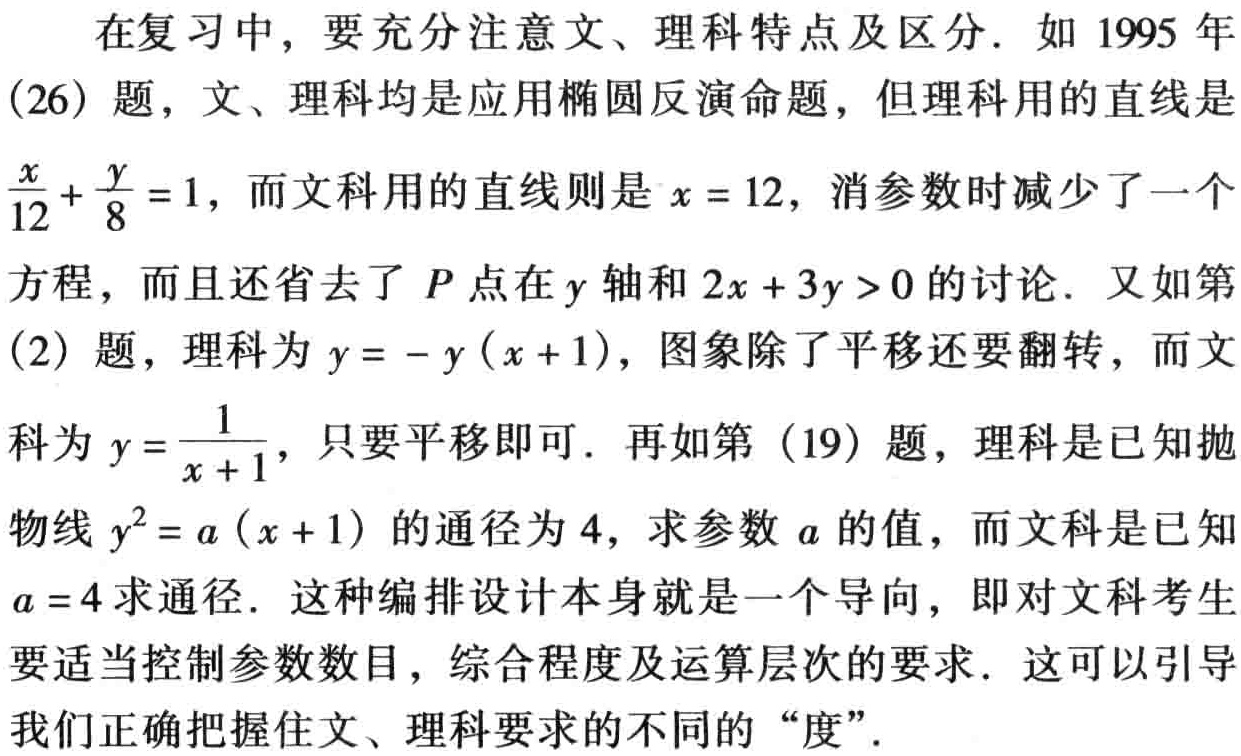
在复习中，要充分注意文、理科特点及区分. 如 1995 年

(26) 题，文、理科均是应用椭圆反演命题，但理科用的直线是

$\frac{x}{12}+\frac{y}{8}=1$，而文科用的直线则是 \(x = 12\)，消参数时减少了一个

方程，而且还省去了 \(P\) 点在 \(y\) 轴和 \(2x + 3y>0\) 的讨论. 又如第

(2) 题，理科为 \(y = - y(x + 1)\)，图象除了平移还要翻转，而文

科为 \(y=\frac{1}{x + 1}\)，只要平移即可. 再如第 (19) 题，理科是已知抛

物线 \(y^{2}=a(x + 1)\) 的通径为 4，求参数 \(a\) 的值，而文科是已知

\(a = 4\) 求通径. 这种编排设计本身就是一个导向，即对文科考生

要适当控制参数数目，综合程度及运算层次的要求. 这可以引导

我们正确把握住文、理科要求的不同的 “度”.